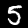
Digit: 5